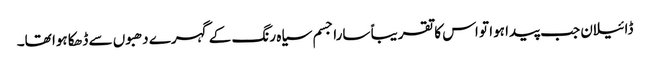
ڈائیلان جب پیدا ہوا تو اس کا تقریباً سارا جسم سیاہ رنگ کے گہرے دھبوں سے ڈھکا ہوا تھا۔